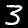
Label: 3